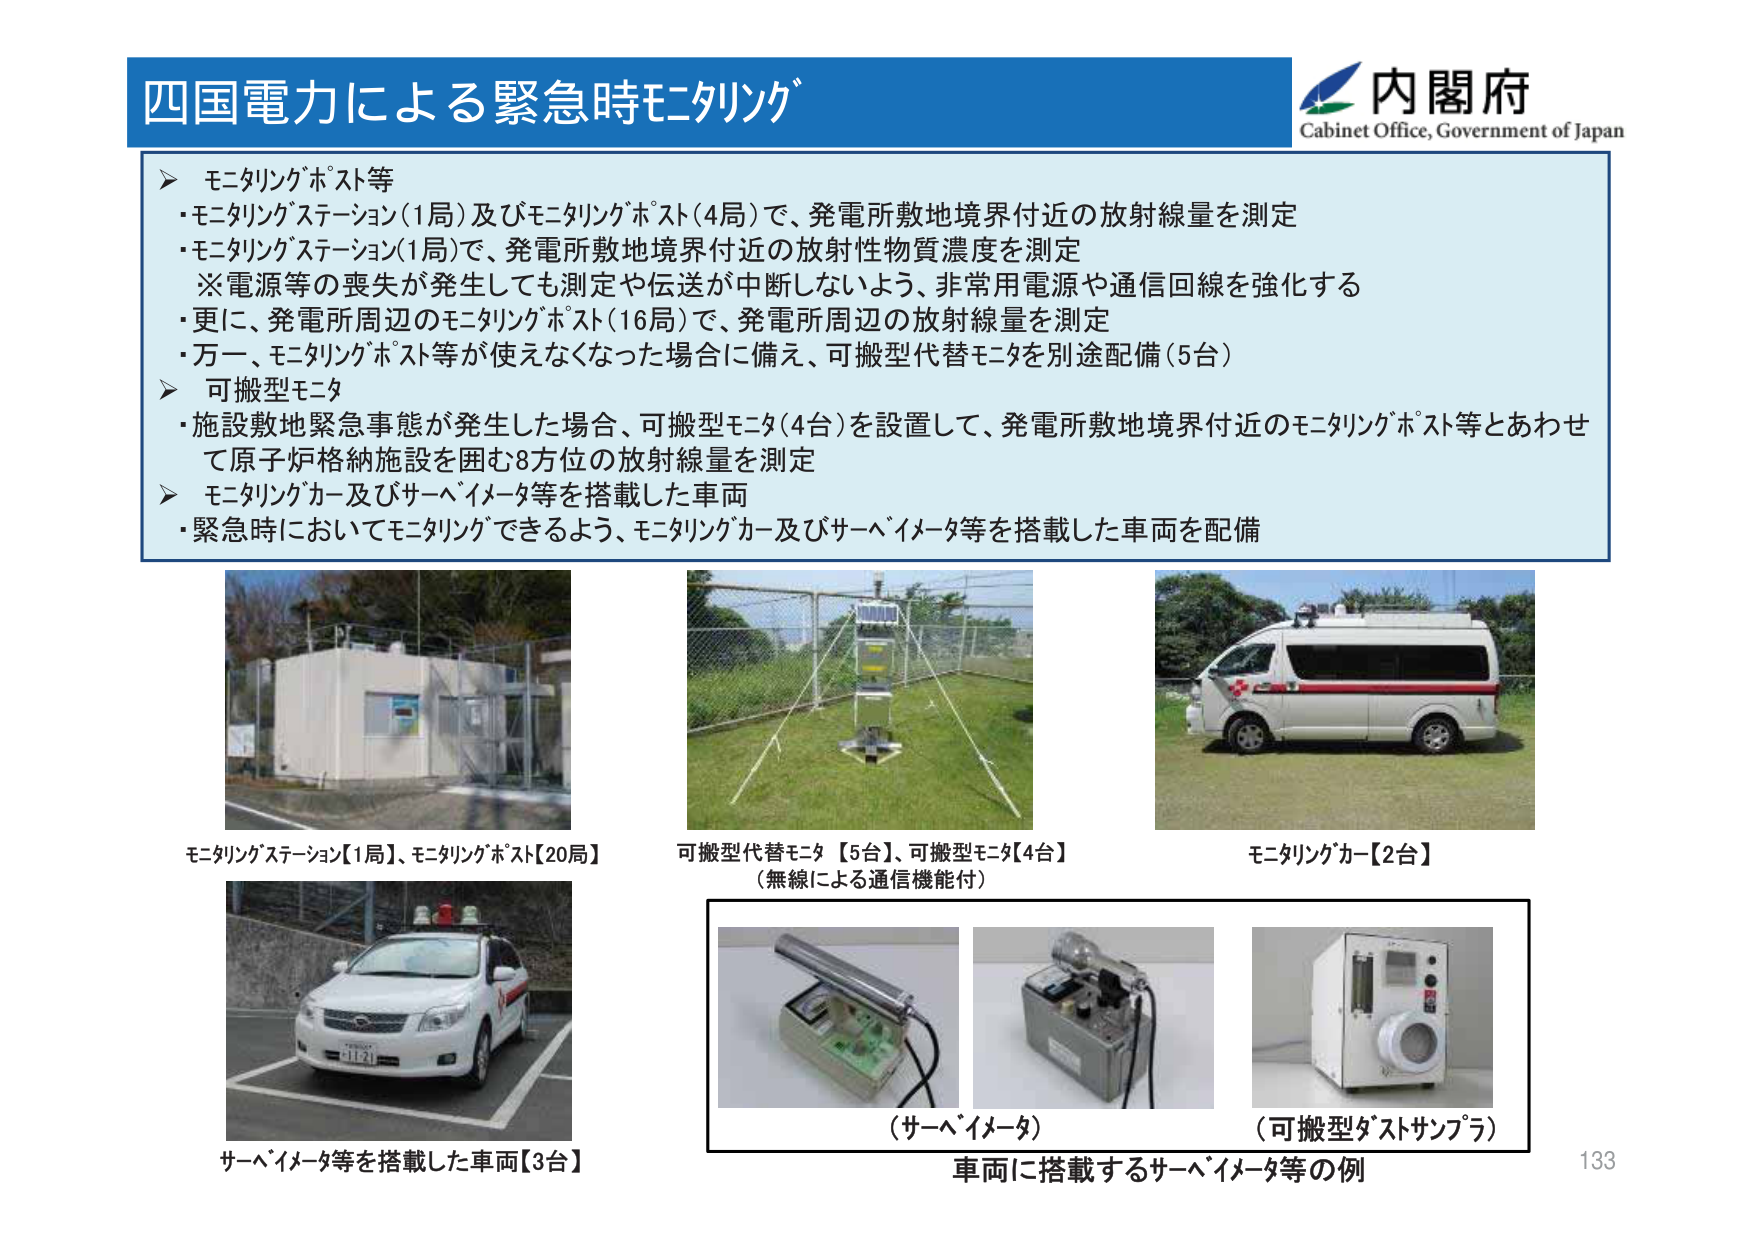
四国電力による緊急時モニタリング

内閣府
Cabinet Office, Government of Japan

▶ モニタリングポスト等
・モニタリングステーション（1局）及びモニタリングポスト（4局）で、発電所敷地境界付近の放射線量を測定
・モニタリングステーション（1局）で、発電所敷地境界付近の放射性物質濃度を測定
　※電源等の喪失が発生しても測定や伝送が中断しないよう、非常用電源や通信回線を強化する
・更に、発電所周辺のモニタリングポスト（16局）で、発電所周辺の放射線量を測定
・万一、モニタリングポスト等が使えなくなった場合に備え、可搬型代替モニタを別途配備（5台）

▶ 可搬型モニタ
・施設敷地緊急事態が発生した場合、可搬型モニタ（4台）を設置して、発電所敷地境界付近のモニタリングポスト等とあわせて原子炉格納施設を囲む8方位の放射線量を測定

▶ モニタリングカー及びサーベイメータ等を搭載した車両
・緊急時においてモニタリングできるよう、モニタリングカー及びサーベイメータ等を搭載した車両を配備

モニタリングステーション【1局】、モニタリングポスト【20局】

可搬型代替モニタ【5台】、可搬型モニタ【4台】
（無線による通信機能付）

モニタリングカー【2台】

サーベイメータ等を搭載した車両【3台】

（サーベイメータ）
（可搬型ダストサンプラ）

車両に搭載するサーベイメータ等の例

133